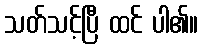
သတ်သင့်ပြီ ထင် ပါ၏။